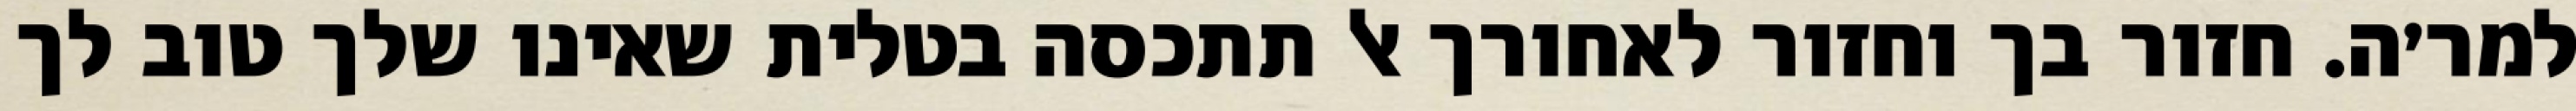
למר׳ה. חזור בך וחזור לאחורך אל תתכסה בטלית שאינו שלך טוב לך